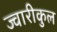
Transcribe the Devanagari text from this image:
ज्वारीकुल